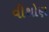
વીથોણ